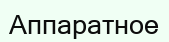
Аппаратное